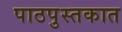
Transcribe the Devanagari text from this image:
पाठपुस्तकात